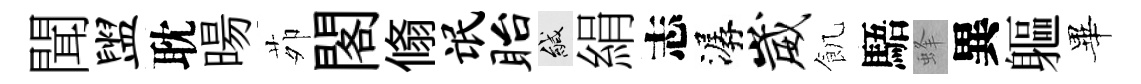
聞盥耽暘茆閣翛氓眙緘絹志潺崴飢䮏蜂異軀畢